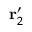
\mathbf { r } _ { 2 } ^ { \prime }